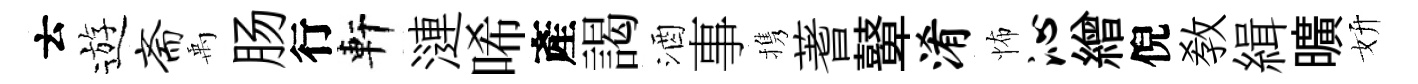
云遊斋禹肠行軒漣唏產謁酒事携蓍鼙淆怖沁繒倪敎緝曠妍